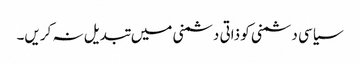
سیاسی دشمنی کو ذاتی دشمنی میں تبدیل نہ کریں۔